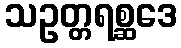
သဥတ္တရစ္ဆဒေ